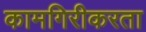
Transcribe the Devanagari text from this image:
कामगिरीकरता